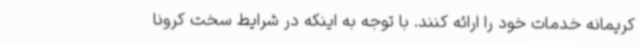
کریمانه خدمات خود را ارائه کنند. با توجه به اینکه در شرایط سخت کرونا